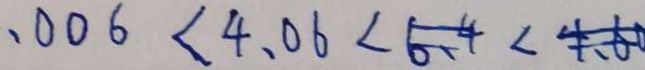
. 0 0 6 < 4 . 0 6 < 6 . 4 < 4 . 6 0